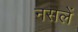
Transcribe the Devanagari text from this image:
नसलें